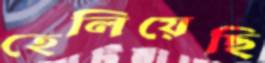
হেলিয়েছি